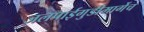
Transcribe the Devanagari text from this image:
जलपाईगुडीमार्गेच